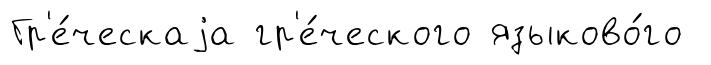
Гр'е́ческаjа гр'е́ческого языково́го